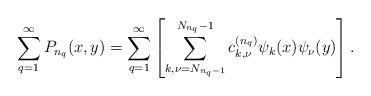
LaTeX: \begin{align*}\sum_{q=1}^\infty P_{n_q}(x,y)=\sum_{q=1}^\infty\left[\sum_{k,\nu=N_{n_q-1}}^{N_{n_q}-1}c_{k,\nu}^{(n_q)}\psi_k(x)\psi_\nu(y) \right].\end{align*}